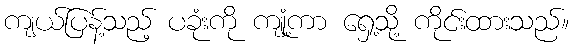
ကျယ်ပြန့်သည့် ပခုံးကို ကျုံ့ကာ ရှေ့သို့ ကိုင်းထားသည်။